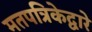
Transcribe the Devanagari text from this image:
मतपत्रिकेद्वारे